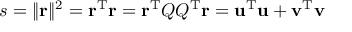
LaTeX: s = \| \mathbf { r } \| ^ { 2 } = \mathbf { r } ^ { \mathrm { { T } } } \mathbf { r } = \mathbf { r } ^ { \mathrm { { T } } } Q Q ^ { \mathrm { { T } } } \mathbf { r } = \mathbf { u } ^ { \mathrm { { T } } } \mathbf { u } + \mathbf { v } ^ { \mathrm { { T } } } \mathbf { v }